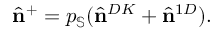
\hat { \mathbf { n } } ^ { + } = p _ { \mathbb { S } } ( \hat { \mathbf { n } } ^ { D K } + \hat { \mathbf { n } } ^ { 1 D } ) .